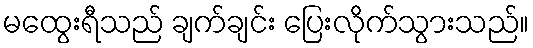
မထွေးရီသည် ချက်ချင်း ပြေးလိုက်သွားသည်။